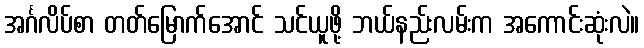
အင်္ဂလိပ်စာ တတ်မြောက်အောင် သင်ယူဖို့ ဘယ်နည်းလမ်းက အကောင်းဆုံးလဲ။